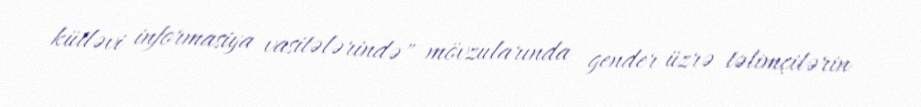
kütləvi informasiya vasitələrində" mövzularında gender üzrə təlimçilərin